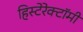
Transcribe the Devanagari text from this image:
हिस्टेरेक्टॉमी